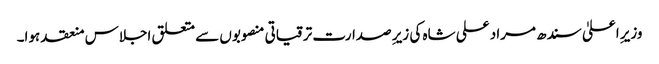
وزیرِ اعلیٰ سندھ مراد علی شاہ کی زیرِ صدارت ترقیاتی منصوبوں سے متعلق اجلاس منعقد ہوا۔